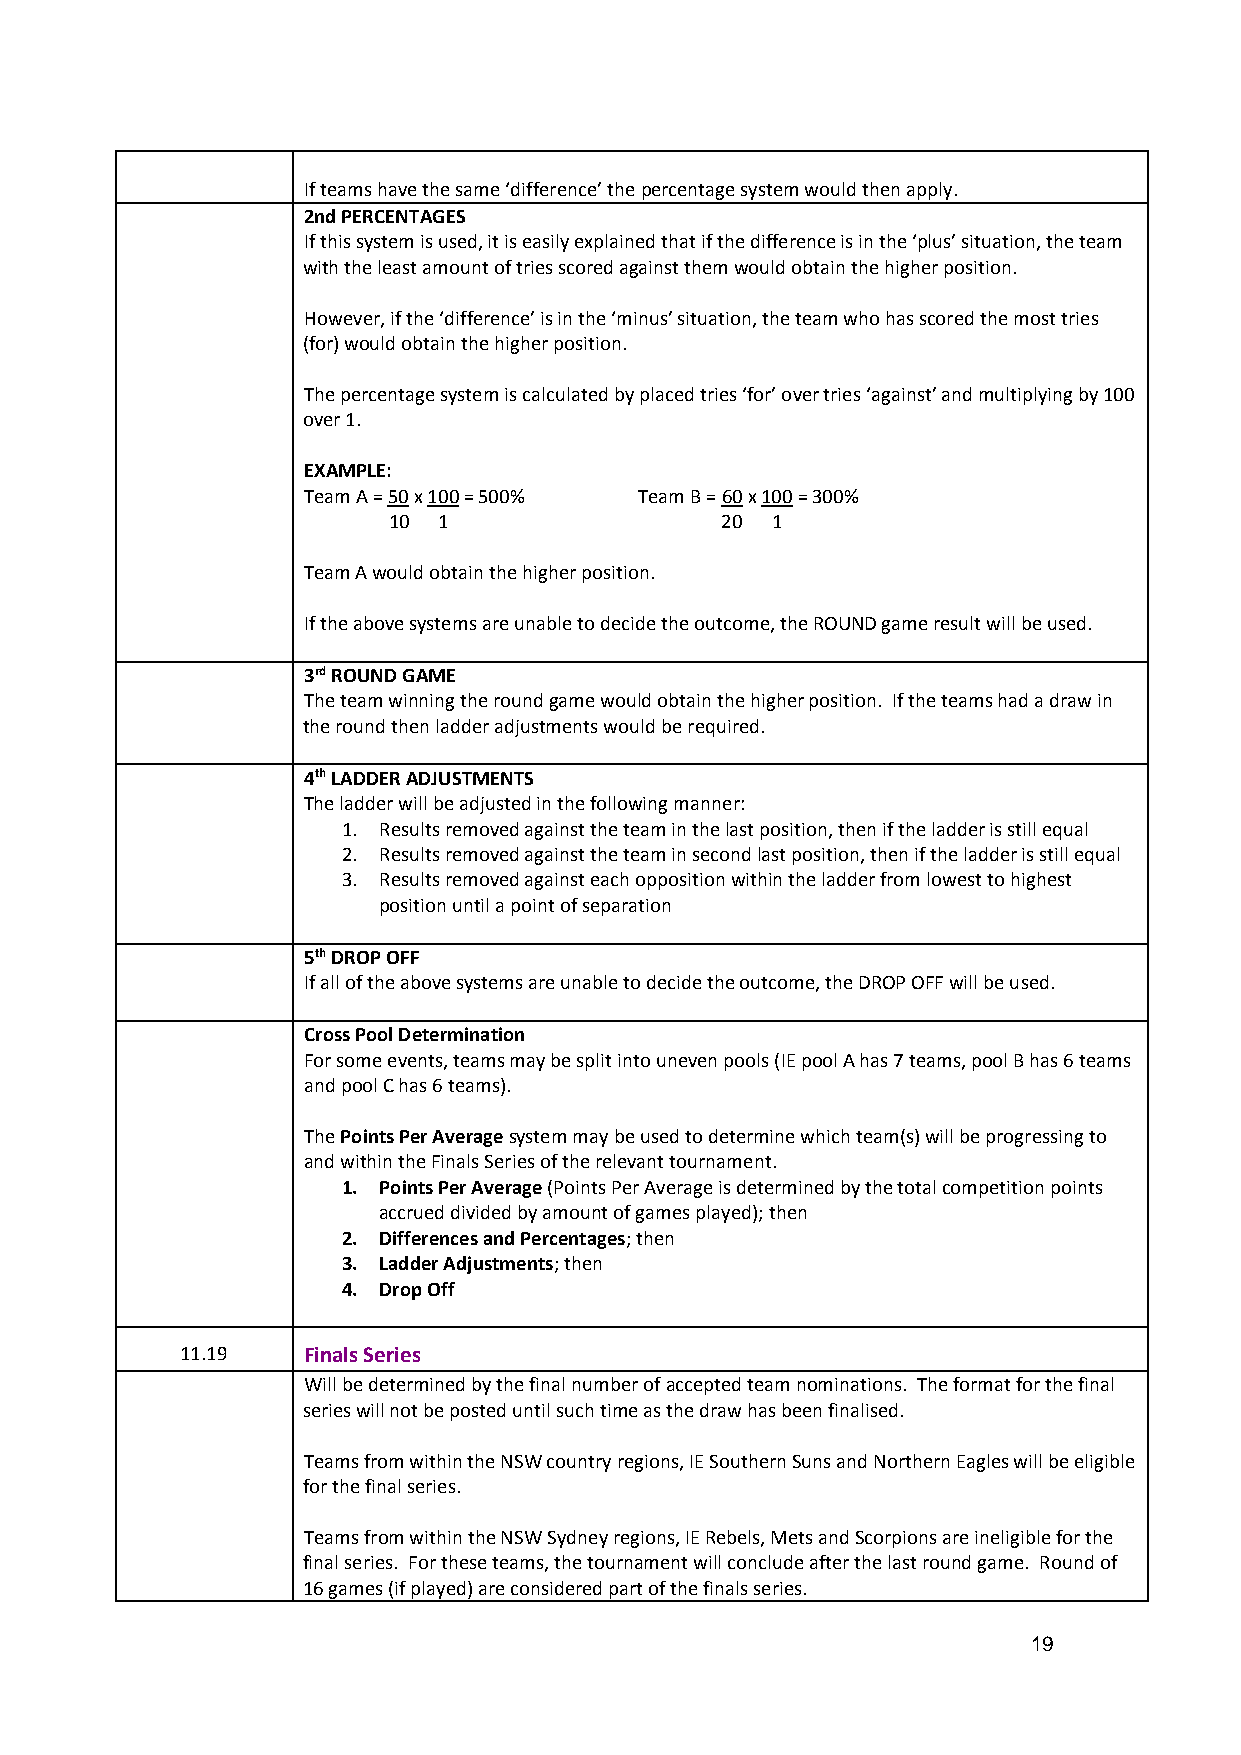
If teams have the same ‘difference’ the percentage system would then apply.
 2nd PERCENTAGES
 If this system is used, it is easily explained that if the difference is in the ‘plus’ situation, the team
 with the least amount of tries scored against them would obtain the higher position.
 However, if the ‘difference’ is in the ‘minus’ situation, the team who has scored the most tries
 (for) would obtain the higher position.
 The percentage system is calculated by placed tries ‘for’ over tries ‘against’ and multiplying by 100
 over 1.
 EXAMPLE:
 Team A = 50 x 100 = 500% Team B = 60 x 100 = 300%
 10 1                  20 1
 Team A would obtain the higher position.
 If the above systems are unable to decide the outcome, the ROUND game result will be used.
 3rd ROUND GAME
 The team winning the round game would obtain the higher position. If the teams had a draw in
 the round then ladder adjustments would be required.
 4th LADDER ADJUSTMENTS
 The ladder will be adjusted in the following manner:
 1. Results removed against the team in the last position, then if the ladder is still equal
 2. Results removed against the team in second last position, then if the ladder is still equal
 3. Results removed against each opposition within the ladder from lowest to highest
 position until a point of separation
 5th DROP OFF
 If all of the above systems are unable to decide the outcome, the DROP OFF will be used.
 Cross Pool Determination
 For some events, teams may be split into uneven pools (IE pool A has 7 teams, pool B has 6 teams
 and pool C has 6 teams).
 The Points Per Average system may be used to determine which team(s) will be progressing to
 and within the Finals Series of the relevant tournament.
 1. Points Per Average (Points Per Average is determined by the total competition points
 accrued divided by amount of games played); then
 2. Differences and Percentages; then
 3. Ladder Adjustments; then
 4. Drop Off
 11.19   Finals Series
 Will be determined by the final number of accepted team nominations. The format for the final
 series will not be posted until such time as the draw has been finalised.
 Teams from within the NSW country regions, IE Southern Suns and Northern Eagles will be eligible
 for the final series.
 Teams from within the NSW Sydney regions, IE Rebels, Mets and Scorpions are ineligible for the
 final series. For these teams, the tournament will conclude after the last round game. Round of
 16 games (if played) are considered part of the finals series.
 19